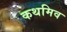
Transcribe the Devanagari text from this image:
कथमिव